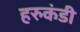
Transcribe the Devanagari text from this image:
हरुकंडी